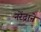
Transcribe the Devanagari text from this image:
नरेंद्राने